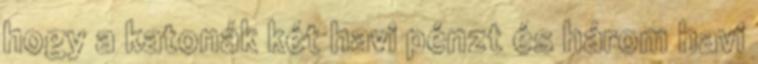
hogy a katonák két havi pénzt és három havi